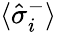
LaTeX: \langle\hat{\sigma}_{i}^{-}\rangle